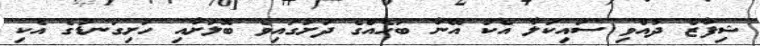
ޝިފާޒް ދުއްވި ސައިކަލާ އެކު އޭނާ ބަހެއްގެ ދަށުގައިވެ ބޮލަށާއި ހަށިގަނޑުގެ އެކި